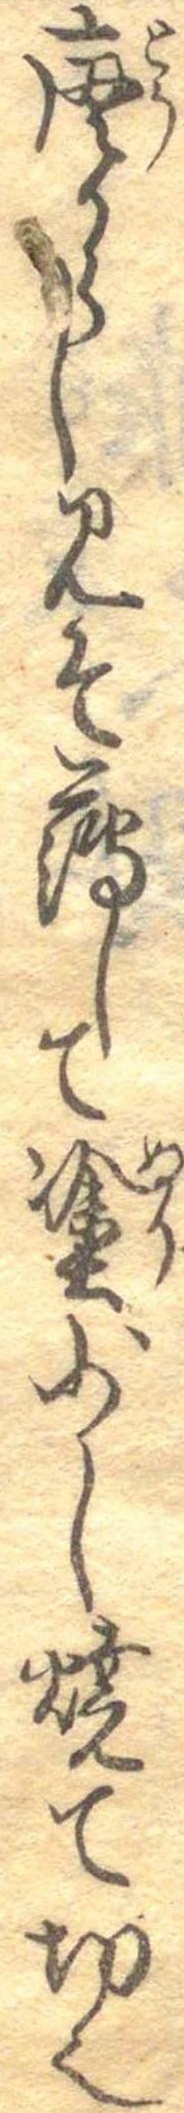
唐からしみそ薄して塗少し焼て切也